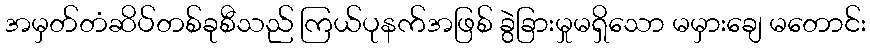
အမှတ်တံဆိပ်တစ်ခုစီသည် ကြယ်ပုနက်အဖြစ် ခွဲခြားမှုမရှိသော မမှားချေ မတောင်း